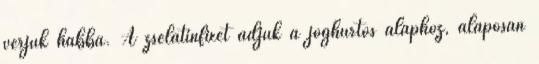
verjük habbá. A zselatinfixet adjuk a joghurtos alaphoz, alaposan